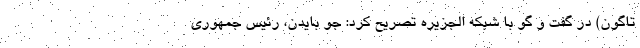
تاگون) در گفت و گو با شبکه الجزیره تصریح کرد: جو بایدن، رئیس جمهوری